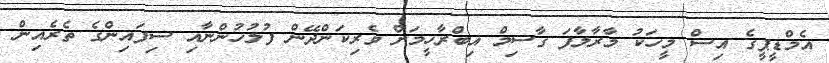
އެމްޑީޕީގެ އިސް މީހަކު މާރާލާފަ ގާސިމް އިބްރާހީމަށް ވެރިކަންދޭން ފުލުހުންނާއި ސިފައިންގެ ތެރެއިން